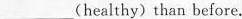
___(healthy) than before.